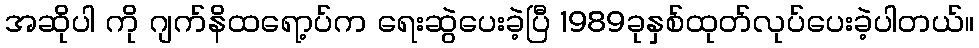
အဆိုပါ ကို ဂျက်နိထရော့ပ်က ရေးဆွဲပေးခဲ့ပြီ 1989ခုနှစ်ထုတ်လုပ်ပေးခဲ့ပါတယ်။